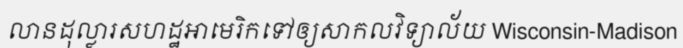
លានដុល្លារសហដ្ឋអាមេរិកទៅឲ្យសាកលវិទ្យាល័យ Wisconsin-Madison